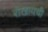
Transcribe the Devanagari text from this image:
रोखायची